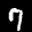
Label: 7